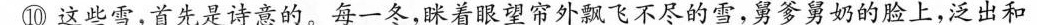
⑩这些雪，首先是诗意的。每一冬，眯着眼望帘外飘飞不尽的雪，舅爹舅奶的脸上，泛出和